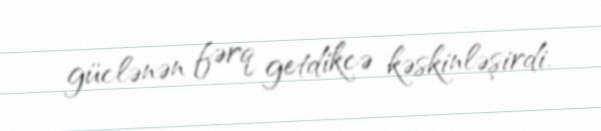
güclənən fərq getdikcə kəskinləşirdi.